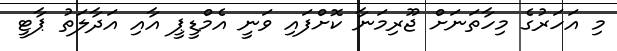
މި އަހަރުގެ މިހާތަނަށް ޖޫރިމަނާ ކޮށްފައި ވަނީ އެމްޑީޕީ އާއި އަދާލަތު ޕާޓީ